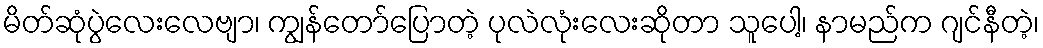
မိတ်ဆုံပွဲလေးလေဗျာ၊ ကျွန်တော်ပြောတဲ့ ပုလဲလုံးလေးဆိုတာ သူပေါ့၊ နာမည်က ဂျင်နီတဲ့၊